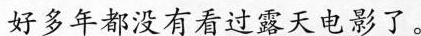
好多年都没有看过露天电影了。